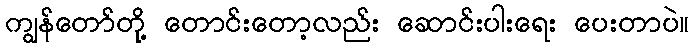
ကျွန်တော်တို့ တောင်းတော့လည်း ဆောင်းပါးရေး ပေးတာပဲ။